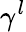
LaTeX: \gamma^{l}